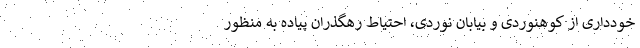
خودداری از کوهنوردی و بیابان نوردی، احتیاط رهگذران پیاده به منظور